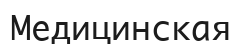
Медицинская